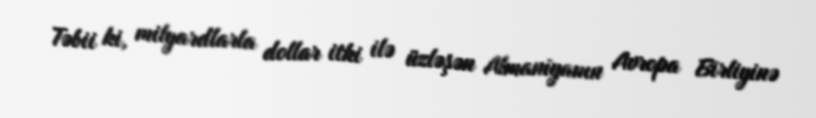
Təbii ki, milyardlarla dollar itki ilə üzləşən Almaniyanın Avropa Birliyinə